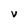
Character: V